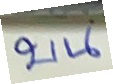
บน